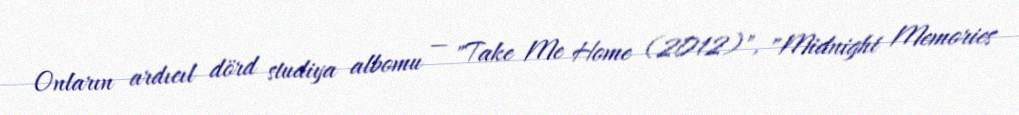
Onların ardıcıl dörd studiya albomu — "Take Me Home (2012)", "Midnight Memories